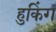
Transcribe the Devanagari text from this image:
हुकिंग